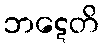
ဘဋေတိ